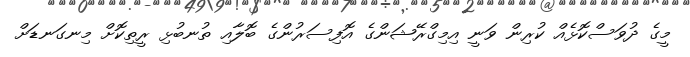
މީގެ ދުވަސްކޮޅެއް ކުރިން ވަނީ އިމިގްރޭޝަންގެ އޮފިސަރުންގެ ބޮލާއި ތުނބުޅި ރީތިކޮށް މިނގަނޑަށް